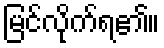
မြင်လိုက်ရ၏။